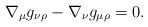
LaTeX: \begin{align*}\nabla_\mu g_{\nu\rho}-\nabla_\nu g_{\mu\rho}=0.\end{align*}